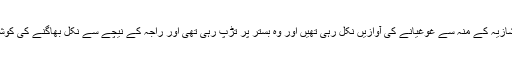
درد کے مارے شازیہ کے منہ سے غوغیانے کی آوازیں نکل رہی تھیں اور وہ بستر پر تڑپ رہی تھی اور راجہ کے نیچے سے نکل بھاگنے کی کوشش کر رہی تھی۔